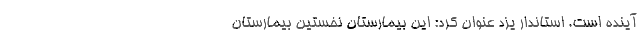
آینده است. استاندار یزد عنوان کرد: این بیمارستان نخستین بیمارستان